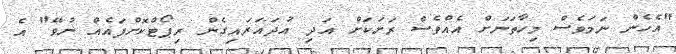
"އެހެން ނަމަވެސް މިހާތަނަށް އެއްވެސް ރަށަކަށް އަދި އުދައަރައިގެން ރިޕޯޓްކޮށްފައެއް ނުވޭ" އެ